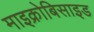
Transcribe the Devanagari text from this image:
माइक्रोबिसाइड